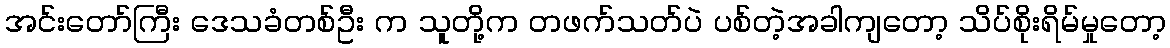
အင်းတော်ကြီး ဒေသခံတစ်ဦး က သူတို့က တဖက်သတ်ပဲ ပစ်တဲ့အခါကျတော့ သိပ်စိုးရိမ်မှုတော့